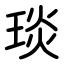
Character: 琰